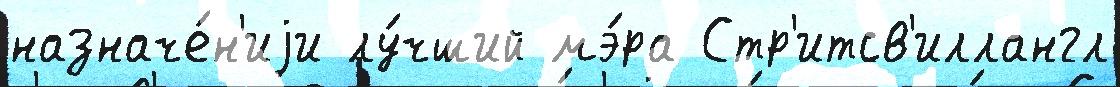
назначе́н'иjи лу́чший мэ́ра Стр'итсв'иллангл